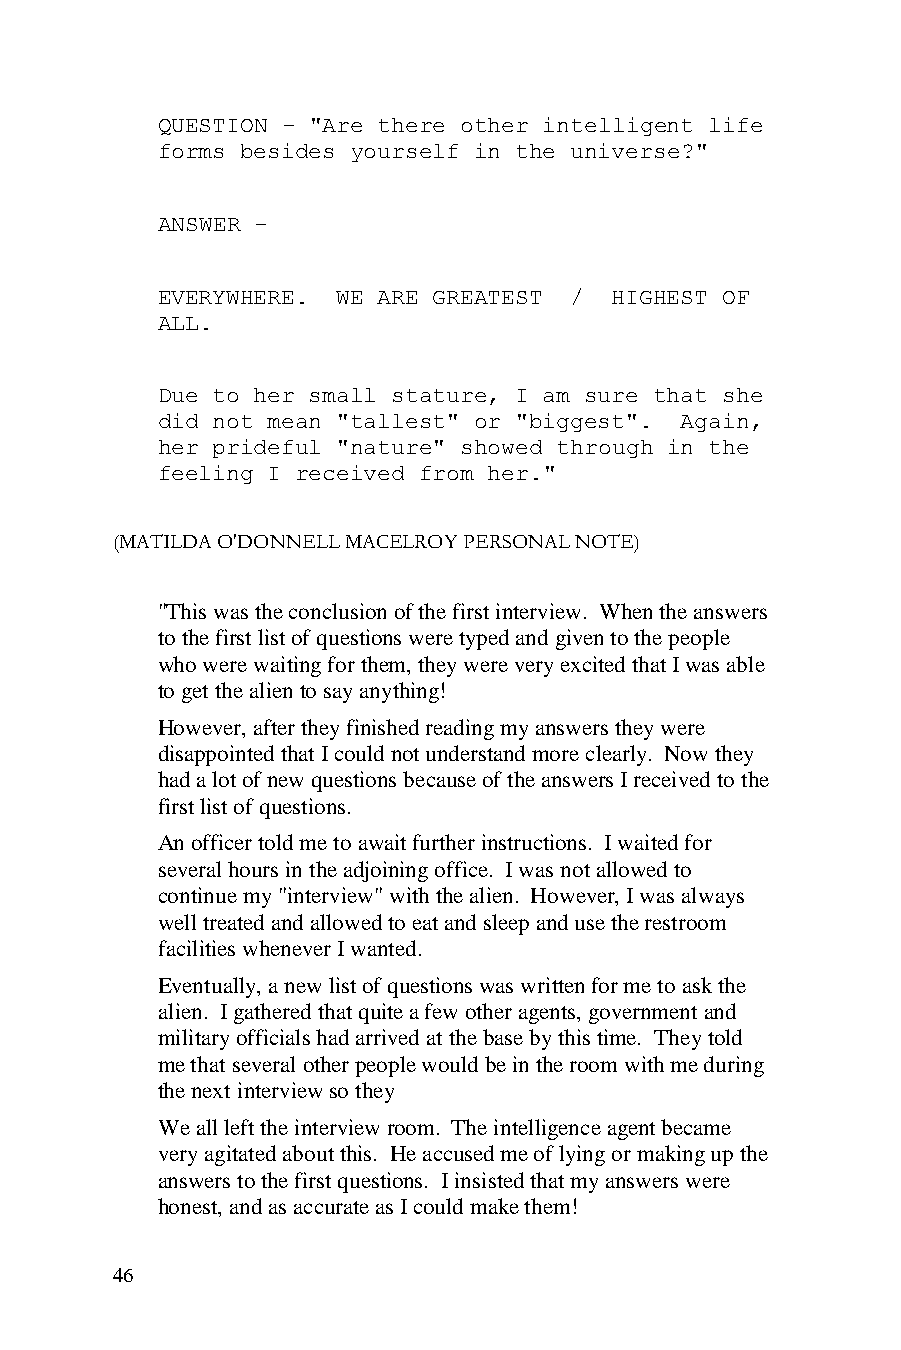
QUESTION - "Are there other intelligent life
 forms besides yourself in the universe?"
 ANSWER -
 EVERYWHERE. WE ARE GREATEST / HIGHEST OF
 ALL.
 Due to her small stature, I am sure that she
 did not mean "tallest" or "biggest". Again,
 her prideful "nature" showed through in the
 feeling I received from her."
 (MATILDA O'DONNELL MACELROY PERSONAL NOTE)
 "This was the conclusion of the first interview. When the answers
 to the first list of questions were typed and given to the people
 who were waiting for them, they were very excited that I was able
 to get the alien to say anything!
 However, after they finished reading my answers they were
 disappointed that I could not understand more clearly. Now they
 had a lot of new questions because of the answers I received to the
 first list of questions.
 An officer told me to await further instructions. I waited for
 several hours in the adjoining office. I was not allowed to
 continue my "interview" with the alien. However, I was always
 well treated and allowed to eat and sleep and use the restroom
 facilities whenever I wanted.
 Eventually, a new list of questions was written for me to ask the
 alien. I gathered that quite a few other agents, government and
 military officials had arrived at the base by this time. They told
 me that several other people would be in the room with me during
 the next interview so they
 We all left the interview room. The intelligence agent became
 very agitated about this. He accused me of lying or making up the
 answers to the first questions. I insisted that my answers were
 honest, and as accurate as I could make them!
 46